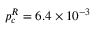
p _ { c } ^ { R } = 6 . 4 \times 1 0 ^ { - 3 }